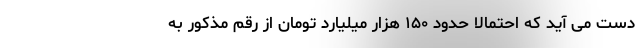
دست می آید که احتمالا حدود ۱۵۰ هزار میلیارد تومان از رقم مذکور به